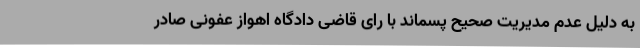
به دلیل عدم مدیریت صحیح پسماند با رای قاضی دادگاه اهواز عفونی صادر